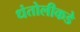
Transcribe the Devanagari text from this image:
धंतोलीकडे